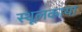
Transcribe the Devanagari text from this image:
स्थूलकाया